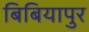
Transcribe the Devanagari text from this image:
बिबियापुर